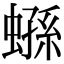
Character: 𧎤